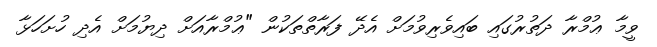
ވީމާ ޢުމްރާ ދަތުރުގައި ބައިވެރިވުމަށް އެދޭ ފަރާތްތަކުން "ޢުމްރާއަށް ދިޔުމަށް އެދި ހުށަހަޅާ